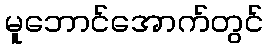
မူဘောင်အောက်တွင်